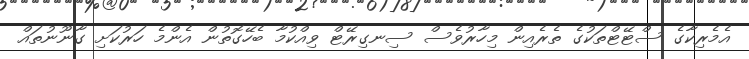
އެމެރިކާގެ ސްޓޭޓްތަކުގެ ތެރެއިން މިހާރުވެސް ސިނގިރޭޓް ވިއްކުމާ ބެހޭގޮތުން އެންމެ ހަރުކަށި ގާނޫނުތައް